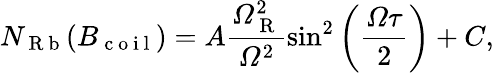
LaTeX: N_{\mathrm{~R~b~}}(B_{\mathrm{~c~o~i~l~}})=A\frac{\mathit{\Omega}_{\mathrm{~R~}}^{2}}{\mathit{\Omega}^{2}}\sin^{2}\left(\frac{\mathit{\Omega}\mathit{\tau}}{2}\right)+C,